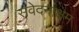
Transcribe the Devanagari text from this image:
संवेदनाक्षम